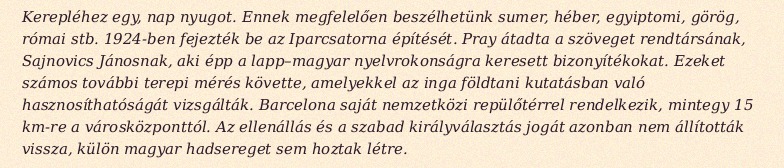
Kerepléhez egy, nap nyugot. Ennek megfelelően beszélhetünk sumer, héber, egyiptomi, görög, római stb. 1924-ben fejezték be az Iparcsatorna építését. Pray átadta a szöveget rendtársának, Sajnovics Jánosnak, aki épp a lapp–magyar nyelvrokonságra keresett bizonyítékokat. Ezeket számos további terepi mérés követte, amelyekkel az inga földtani kutatásban való hasznosíthatóságát vizsgálták. Barcelona saját nemzetközi repülőtérrel rendelkezik, mintegy 15 km-re a városközponttól. Az ellenállás és a szabad királyválasztás jogát azonban nem állították vissza, külön magyar hadsereget sem hoztak létre.